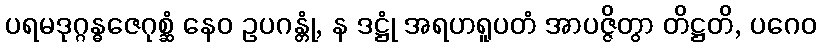
ပရမဒုဂ္ဂန္ဓဇေဂုစ္ဆံ နေဝ ဥပဂန္တုံ, န ဒဋ္ဌုံ အရဟရူပတံ အာပဇ္ဇိတွာ တိဋ္ဌတိ, ပဂေဝ